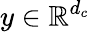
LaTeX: y\in\mathbb{R}^{d_{c}}